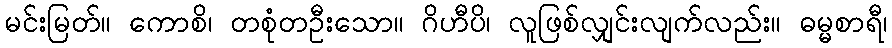
မင်းမြတ်။ ကောစိ၊ တစုံတဦးသော။ ဂိဟီပိ၊ လူဖြစ်လျှင်းလျက်လည်း။ ဓမ္မစာရီ၊